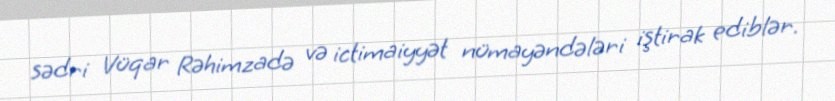
sədri Vüqar Rəhimzadə və ictimaiyyət nümayəndələri iştirak ediblər.